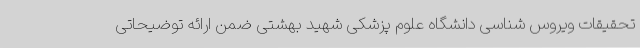
تحقیقات ویروس شناسی دانشگاه علوم پزشکی شهید بهشتی ضمن ارائه توضیحاتی